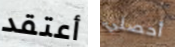
أعتقد أحصلي